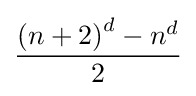
{\frac {\left(n+2\right)^{d}-n^{d}}{2}}